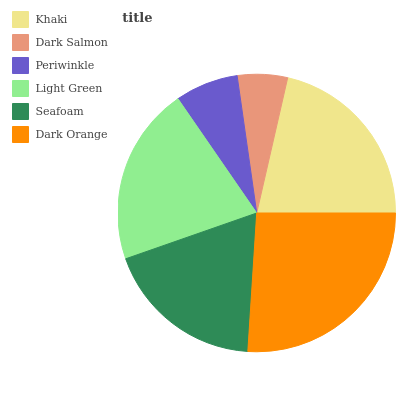
| Khaki | Dark Salmon | Periwinkle | Light Green | Seafoam | Dark Orange |
 | --- | --- | --- | --- | --- | --- |
 | 21.5% | 5.83% | 7.36% | 20.7% | 18.6% | 26% |